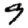
Digit: 9